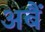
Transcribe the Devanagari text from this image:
अबैं